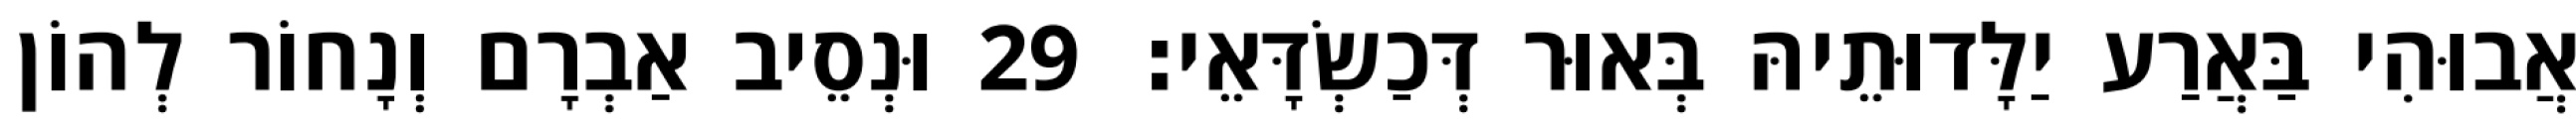
אֲבוּהִי בַּאֲרַע יַלָּדוּתֵיהּ בְּאוּר דְּכַשְׂדָּאֵי׃ 29 וּנְסֵיב אַבְרָם וְנָחוֹר לְהוֹן